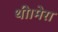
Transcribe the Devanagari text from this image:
थी।मेरा